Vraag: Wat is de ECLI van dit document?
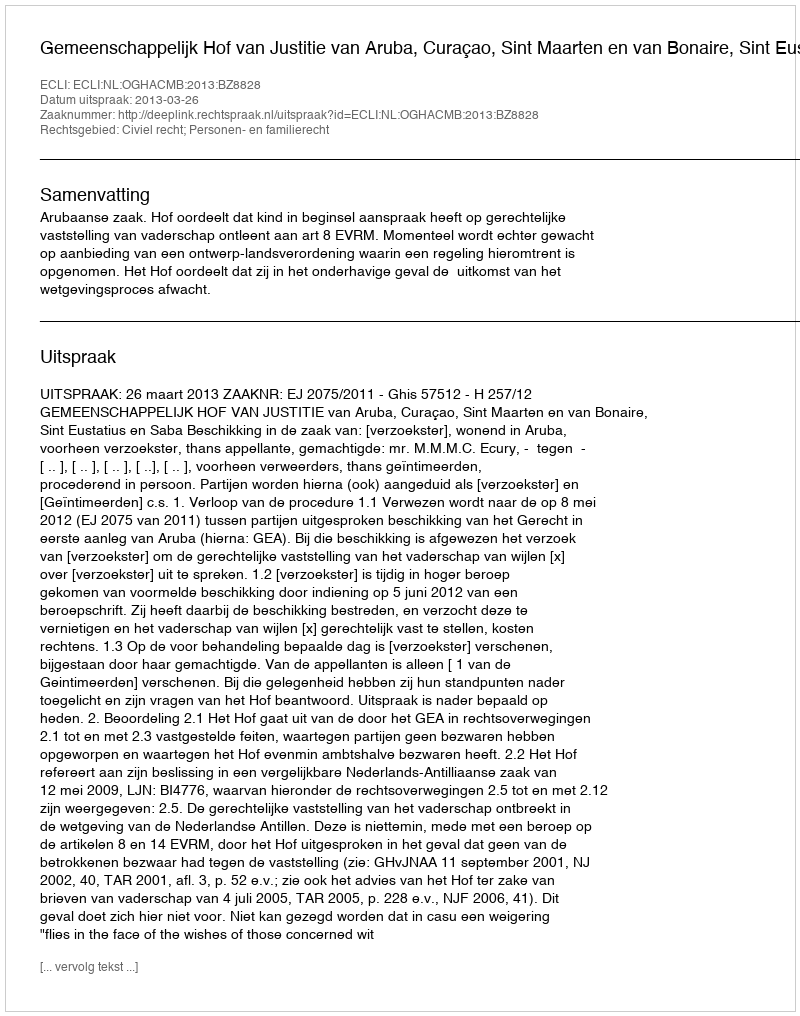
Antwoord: ECLI:NL:OGHACMB:2013:BZ8828